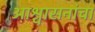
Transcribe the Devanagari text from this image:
आश्वासनांचा